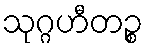
သုဂ္ဂဟီတဉ္စ